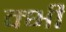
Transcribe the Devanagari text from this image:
क्भी